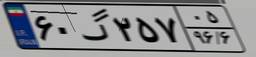
۶۰گ۲۵۷۰۵